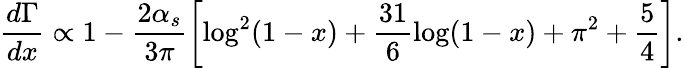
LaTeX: \frac{d\Gamma}{dx}\propto 1-\frac{2\alpha_{s}}{3\pi}\left[\log^{2}(1-x)+\frac{31}{6}\log(1-x)+\pi^{2}+\frac 54\right].